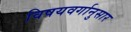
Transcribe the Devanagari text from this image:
विषयवर्गानुसार